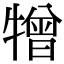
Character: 𤛢